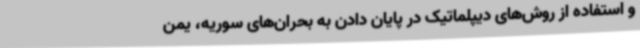
و استفاده از روش‌های دیپلماتیک در پایان دادن به بحران‌های سوریه، یمن